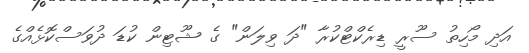
އަދި މޯހިތު ސޫރީ ޑިރެކްޓްކުރާ "ދަ ވިލަން" ގެ ޝޫޓިން ކުޑަ ދުވަސްކޮޅެއްގެ